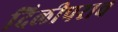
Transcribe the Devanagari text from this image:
दिलीपराव